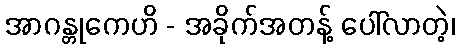
အာဂန္တုကေဟိ - အခိုက်အတန့် ပေါ်လာတဲ့၊